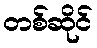
တစ်ဆိုင်